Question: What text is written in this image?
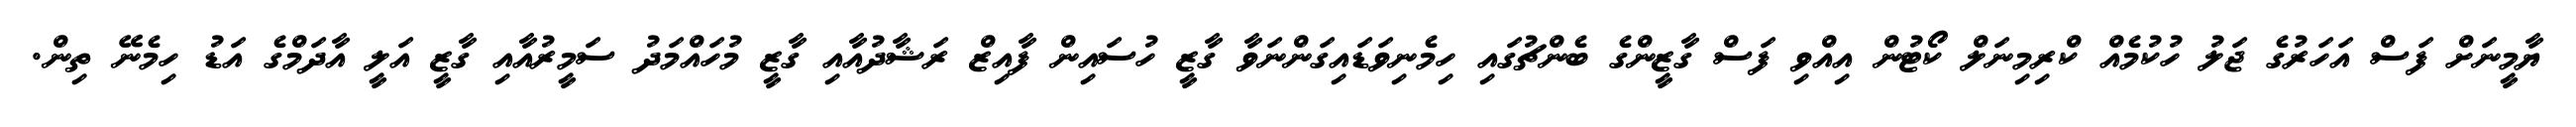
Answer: ޔާމީނަށް ފަސް އަހަރުގެ ޖަލު ހުކުމެއް ކްރިމިނަލް ކޯޓުން އިއްވި ފަސް ގާޒީންގެ ބެންޗުގައި ހިމެނިވަޑައިގަންނަވާ ގާޒީ ހުސައިން ފާއިޒް ރަޝާދުއާއި ގާޒީ މުހައްމަދު ސަމީރުއާއި ގާޒީ އަލީ އާދަމްގެ އަޑު ހިމެނޭ ތިން.